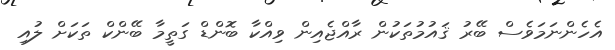
އެހެންނަމަވެސް ބޭރު ޤައުމުތަކުން ރާއްޖެއިން ވިއްކާ ބޮންޑް ގަތީމާ ބޭންކް ތަކަށް ލުއި